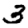
Digit: 3